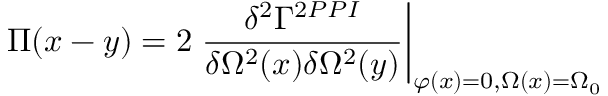
\Pi ( x - y ) = 2 \left. \frac { \delta ^ { 2 } \Gamma ^ { 2 P P I } } { \delta \Omega ^ { 2 } ( x ) \delta \Omega ^ { 2 } ( y ) } \right| _ { \varphi ( x ) = 0 , \Omega ( x ) = \Omega _ { 0 } }